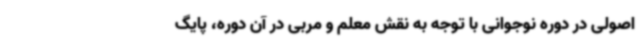
اصولی در دوره نوجوانی با توجه به نقش معلم و مربی در آن دوره، پایگ